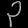
Digit: ၃